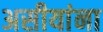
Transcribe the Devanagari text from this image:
असीयांना